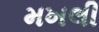
મખલી